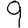
Digit: 9